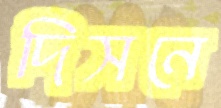
দিসনে